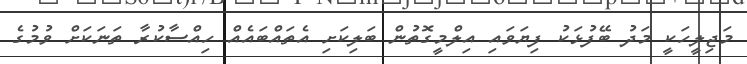
މަޖިލީހަކީ މަދު ބޭފުޅަކު ފިޔަވައި އިލްމީގޮތުން ބަލިކަށި އެތައްބައެއް ހިއްސާކުރާ ތަނަކަށް ވުމުގެ